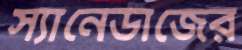
স্যানেডাজের